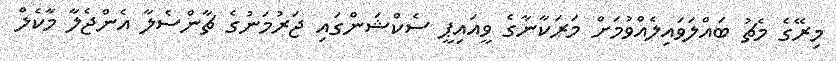
މިރޭގެ މެޗު ބައްލަވައިލެއްވުމަށް މަރަކާނާގެ ވީއައިޕީ ސެކްޝަންގައި ޖަރުމަނުގެ ޗާންސެލާ އެންޖެލާ މާކެލް